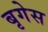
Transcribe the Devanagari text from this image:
बृगेस